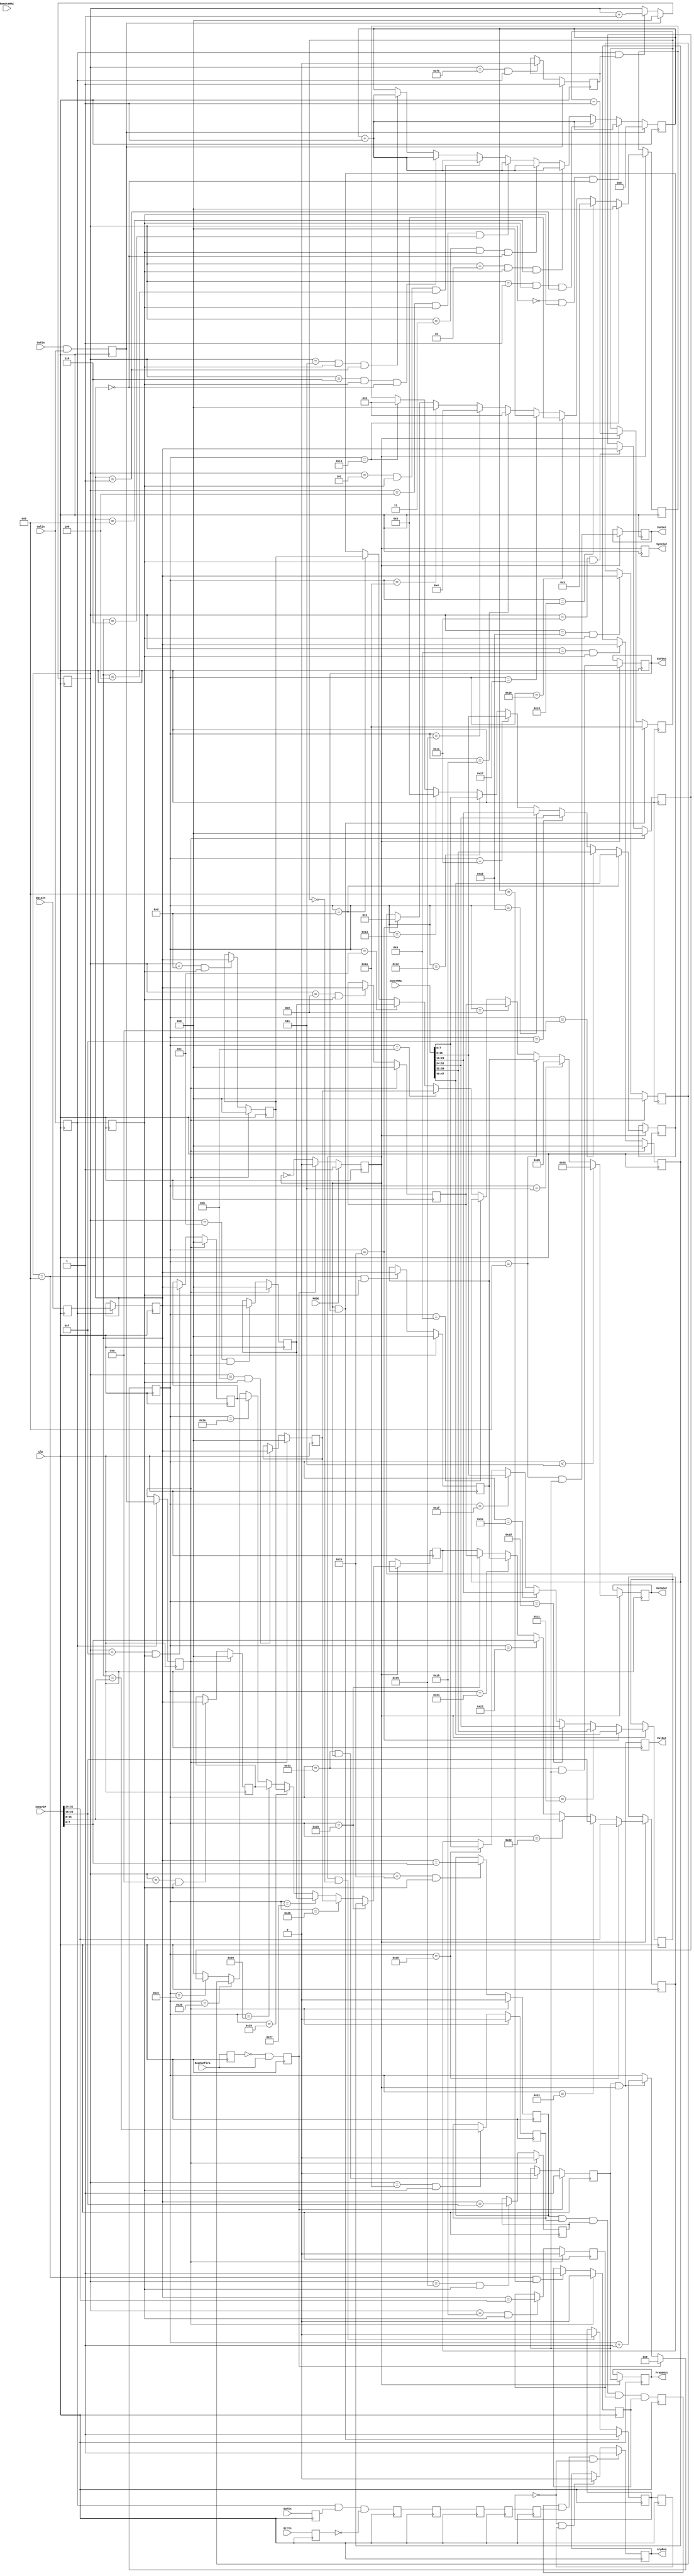
module ARP_L2
(
	input	Clk,
	input	SoFIn,
	input	EoFIn,
	input	ValIn,
	input	ErrIn,
	input	[7:0]DataIn,

	input	[47:0]InnerMAC ,
	input	[47:0]RemoteMAC ,

	input	[31:0]InnerIP ,


	input	ReqConfirm,
	input	MODE,


	output ArpReq,
	output reg FrameOut = 0,
	output reg ValOut = 0,
	output reg SyncOut = 0,
	output reg SoFOut = 0,
	output reg EoFOut = 0,
	output [7:0]DataOut

);

reg EoFOutD = 0;


reg [7:0]DataReg = 0;
reg ValReg = 0;
reg ValRegD = 0;
reg EoFReg = 0;
reg ErrReg = 0;

reg [7:0]DataRegD0 = 0;
reg ValRegD0 = 0;
reg EoFRegD0 = 0;
reg ErrRegD0 = 0;
reg SoFRegD0 = 0;
reg PackStateD0 = 0;

reg [7:0]DataRegD1 = 0;
reg ValRegD1 = 0;
reg EoFRegD1 = 0;
reg ErrRegD1 = 0;
reg SoFRegD1 = 0;
reg PackStateD1 = 0;


reg OutTxSync=1'b0;

reg Sync = 0;
reg Sync0 = 0;

reg Stop_Request=1'b0;
reg Stop_RequestD=1'b0;
reg [4:0]Stop_RequestCounter=1'b0;



always @(posedge Clk)
begin

DataReg<=DataIn;
ValReg <=ValIn;
EoFReg <=EoFIn;
ErrReg <=ErrIn;

ValRegD <=  ValReg;


end







reg [3:0] HeaderCheck = 0;
reg HeaderCorrect = 0;

reg PackRecciveState=1'b0;

//reg [4:0] ArpCounter;

reg [7:0] ArpCounter = 0;
reg [7:0] MACRem0 = 0;
reg [7:0] MACRem1 = 0;
reg [7:0] MACRem2 = 0;
reg [7:0] MACRem3 = 0;
reg [7:0] MACRem4 = 0;
reg [7:0] MACRem5 = 0;

reg [7:0] IPRem0 = 0;
reg [7:0] IPRem1 = 0;
reg [7:0] IPRem2 = 0;
reg [7:0] IPRem3 = 0;

reg IPCheck0 = 0;
reg IPCheck1 = 0;
reg IPCheck2 = 0;
reg IPCheck3 = 0;
reg IPCheck = 0;


//reg MACCheck0 = 0;
//reg MACCheck1 = 0;
//reg MACCheck2 = 0;
//reg MACCheck3 = 0;
//reg MACCheck4 = 0;
//reg MACCheck5 = 0;
//reg MACCheck = 0;



reg PackValid = 0;

reg OutRequest =1'b0;
reg ReqConfirmD =1'b0;
reg StartPulse =1'b0;

reg [6:0] OutReadCounter=0;// reg unsigned [6:0] OutReadCounter=0;
reg OutReadState=1'b0;
reg EndValD0 = 0;
reg EndValD1 = 0;
reg EndValD2 = 0;
reg EndValD3 = 0;
reg EndValD4 = 0;


reg [7:0] MACDataReg0=0;
reg [7:0] MACDataReg1=0;
reg [7:0] MACDataReg2=0;

reg [7:0] OutDataReg0=0;
reg [7:0] OutDataReg1=0;
reg [7:0] OutDataReg2=0;
reg [7:0] OutDataReg3=0;



reg [7:0] DataReg0 = 0;








always @(posedge Clk)
begin





if (ValReg) DataReg0<=DataReg;




Sync<=SoFIn&&ValIn;
if (ValReg) Sync0<=Sync ;



if (Sync) PackRecciveState<=1'b1;
	else if ((ArpCounter==8'hFE) && ValReg) PackRecciveState<=1'b0;

if (Sync)ArpCounter<=1'b0;
	else if (ValReg&&PackRecciveState) ArpCounter<=ArpCounter+1'b1;

if (Sync) HeaderCheck<=1'b0;
	else if ((ArpCounter==8'h00) && ValRegD&&(DataReg0==8'h00)) HeaderCheck<=HeaderCheck+1'b1;
		else if ((ArpCounter==8'h01) && ValRegD&&(DataReg0==8'h01)) HeaderCheck<=HeaderCheck+1'b1;
			else if ((ArpCounter==8'h02) && ValRegD&&(DataReg0==8'h08)) HeaderCheck<=HeaderCheck+1'b1;
				else if ((ArpCounter==8'h03) && ValRegD&&(DataReg0==8'h00)) HeaderCheck<=HeaderCheck+1'b1;
					else if ((ArpCounter==8'h04) && ValRegD&&(DataReg0==8'h06)) HeaderCheck<=HeaderCheck+1'b1;
						else if ((ArpCounter==8'h05) && ValRegD&&(DataReg0==8'h04)) HeaderCheck<=HeaderCheck+1'b1;
							else if ((ArpCounter==8'h06) && ValRegD&&(DataReg0==8'h00)) HeaderCheck<=HeaderCheck+1'b1;
								else if ((ArpCounter==8'h07) && ValRegD&&(DataReg0==8'h01)) HeaderCheck<=HeaderCheck+1'b1;

if (Sync0) HeaderCorrect<=1'b0;
	else if ((ArpCounter==8'h08) &&(HeaderCheck==4'h8)) HeaderCorrect<=1'b1;

if (Sync0) MACRem5<=1'b0;
	else if ((ArpCounter==8'h08)&& ValRegD ) MACRem5<=DataReg0;
if (Sync0) MACRem4<=1'b0;
	else if ((ArpCounter==8'h09)&& ValRegD ) MACRem4<=DataReg0;
if (Sync0) MACRem3<=1'b0;
	else if ((ArpCounter==8'h0A)&& ValRegD ) MACRem3<=DataReg0;
if (Sync0) MACRem2<=1'b0;
	else if ((ArpCounter==8'h0B)&& ValRegD ) MACRem2<=DataReg0;
if (Sync0) MACRem1<=1'b0;
	else if ((ArpCounter==8'h0C)&& ValRegD ) MACRem1<=DataReg0;
if (Sync0) MACRem0<=1'b0;
	else if ((ArpCounter==8'h0D)&& ValRegD ) MACRem0<=DataReg0;
if (Sync0) IPRem3<=1'b0;
	else if ((ArpCounter==8'h0E)&& ValRegD ) IPRem3<=DataReg0;
if (Sync0) IPRem2<=1'b0;
	else if ((ArpCounter==8'h0F)&& ValRegD ) IPRem2<=DataReg0;
if (Sync0) IPRem1<=1'b0;
	else if ((ArpCounter==8'h10)&& ValRegD ) IPRem1<=DataReg0;
if (Sync0) IPRem0<=1'b0;
	else if ((ArpCounter==8'h11)&& ValRegD ) IPRem0<=DataReg0;



if (Sync0) IPCheck3<=1'b0;
	else if ((ArpCounter==8'h18)&& ValRegD ) IPCheck3<=(DataReg0==InnerIP[31:24]);
if (Sync0) IPCheck2<=1'b0;
	else if ((ArpCounter==8'h19)&& ValRegD ) IPCheck2<=(DataReg0==InnerIP[23:16]);
if (Sync0) IPCheck1<=1'b0;
	else if ((ArpCounter==8'h1A)&& ValRegD ) IPCheck1<=(DataReg0==InnerIP[15: 8]);
if (Sync0) IPCheck0<=1'b0;
	else if ((ArpCounter==8'h1B)&& ValRegD ) IPCheck0<=(DataReg0==InnerIP[ 7: 0]);







//IPCheck0<=(IPRem0==IP[ 7: 0]);
//IPCheck1<=(IPRem1==IP[15: 8]);
//IPCheck2<=(IPRem2==IP[23:16]);
//IPCheck3<=(IPRem3==IP[31:24]);
//IPCheck<=IPCheck0&IPCheck1&IPCheck2&IPCheck3;

//IPCheck<=1'b1;

PackValid<=IPCheck0&IPCheck1&IPCheck2&IPCheck3&HeaderCorrect;


//MACCheck0;
//MACCheck1;
//MACCheck2;
//MACCheck3;
//MACCheck4;
//MACCheck5;
//MACCheck;


//// ????????????????????????????????????

EndValD0<=ValReg&&EoFReg&&!ErrReg;
EndValD1<=EndValD0;
EndValD2<=EndValD1;
EndValD3<=EndValD2;
EndValD4<=EndValD3;




ReqConfirmD<=ReqConfirm;

StartPulse<=!ReqConfirmD&ReqConfirm;





	if (MODE==1'b0)
	begin
	if (StartPulse)
		begin
			OutTxSync<=1'b0;

		end
		else
		begin
			OutTxSync<=!OutTxSync;
		end
	end else
	begin
		OutTxSync<=1'b1;
	end




if (OutTxSync ) EoFOut<=(OutReadCounter==7'd67)&&OutReadState;

//EoFOut<=EoFOutD;


if (OutTxSync &&EoFOut ) Stop_RequestCounter<=5'h1A;
	else if (OutTxSync) Stop_RequestCounter<=Stop_RequestCounter-1'b1;

if (OutTxSync &&EoFOut ) Stop_Request<=1'b1;
	else if (OutTxSync&&(Stop_RequestCounter==1'b0)) Stop_Request<=1'b0;

Stop_RequestD<=Stop_Request;

if (PackValid&&EndValD4&&!Stop_Request)	OutRequest<=1'b1;
	else if (!Stop_Request&&Stop_RequestD) OutRequest<=1'b0;





//if (StartPulse) OutReadCounter<=6'd0;
if (StartPulse) OutReadCounter<=7'd8;
	else if (OutReadState&&OutTxSync) OutReadCounter<=OutReadCounter+1;

//if (StartPulse) OutReadState<=1'b1;
//	else if ((OutReadCounter==6'd49)&&OutTxSync)OutReadState<=1'b0;

	if (StartPulse) OutReadState<=1'b1;
	else if ((OutReadCounter==7'd67)&&OutTxSync)OutReadState<=1'b0;


ValOut<=OutTxSync&&OutReadState;
SyncOut<=OutTxSync;

if (OutTxSync) begin


if (OutReadCounter<7'd07) MACDataReg0<=8'h55;
	else if (OutReadCounter==7'd07) MACDataReg0<=8'hD5;
		else if (OutReadCounter==7'd08) MACDataReg0<=MACRem5;
			else if (OutReadCounter==7'd09) MACDataReg0<=MACRem4;
				else if (OutReadCounter==7'd10) MACDataReg0<=MACRem3;
					else if (OutReadCounter==7'd11) MACDataReg0<=MACRem2;
						else if (OutReadCounter==7'd12) MACDataReg0<=MACRem1;
							else if (OutReadCounter==7'd13) MACDataReg0<=MACRem0;
								else MACDataReg0<=MACDataReg1;


if (OutReadCounter==7'd13) MACDataReg1<=InnerMAC[47:40];
else if (OutReadCounter==7'd14) MACDataReg1<=InnerMAC[39:32];
	else if (OutReadCounter==7'd15) MACDataReg1<=InnerMAC[31:24];
		else if (OutReadCounter==7'd16) MACDataReg1<=InnerMAC[23:16];
			else if (OutReadCounter==7'd17) MACDataReg1<=InnerMAC[15:8];
				else if (OutReadCounter==7'd18) MACDataReg1<=InnerMAC[7:0];
					else if (OutReadCounter==7'd19) MACDataReg1<=8'h08;
						else if (OutReadCounter==7'd20) MACDataReg1<=8'h06;
								else MACDataReg1<=OutDataReg0;


////////////////////////////////////////////////////////////////////////////////////

if (OutReadCounter==7'h14) OutDataReg0<=8'h00;
	else if (OutReadCounter==7'h15) OutDataReg0<=8'h01;
		else if (OutReadCounter==7'h16) OutDataReg0<=8'h08;
			else if (OutReadCounter==7'h17) OutDataReg0<=8'h00;
				else if (OutReadCounter==7'h18) OutDataReg0<=8'h06;
					else if (OutReadCounter==7'h19) OutDataReg0<=8'h04;
						else if (OutReadCounter==7'h1A) OutDataReg0<=8'h00;
							else if (OutReadCounter==7'h1B) OutDataReg0<=8'h02;
								else OutDataReg0<=OutDataReg1;


if (OutReadCounter==7'h1B) OutDataReg1<=InnerMAC[47:40];
	else if (OutReadCounter==7'h1C) OutDataReg1<=InnerMAC[39:32];
		else if (OutReadCounter==7'h1D) OutDataReg1<=InnerMAC[31:24];
			else if (OutReadCounter==7'h1E) OutDataReg1<=InnerMAC[23:16];
				else if (OutReadCounter==7'h1F) OutDataReg1<=InnerMAC[15:8];
					else if (OutReadCounter==7'h20) OutDataReg1<=InnerMAC[7:0];
						else OutDataReg1<=OutDataReg2;

if (OutReadCounter==7'h20) OutDataReg2<=InnerIP[31:24];
	else if (OutReadCounter==7'h21) OutDataReg2<=InnerIP[23:16];
		else if (OutReadCounter==7'h22) OutDataReg2<=InnerIP[15:8];
			else if (OutReadCounter==7'h23) OutDataReg2<=InnerIP[7:0];
				else if (OutReadCounter==7'h24) OutDataReg2<=MACRem5;
					else if (OutReadCounter==7'h25) OutDataReg2<=MACRem4;
						else OutDataReg2<=OutDataReg3;

if (OutReadCounter==7'h25) OutDataReg3<=MACRem3;
	else if (OutReadCounter==7'h26) OutDataReg3<=MACRem2;
		else if (OutReadCounter==7'h27) OutDataReg3<=MACRem1;
			else if (OutReadCounter==7'h28) OutDataReg3<=MACRem0;
				else if (OutReadCounter==7'h29) OutDataReg3<=IPRem3;
					else if (OutReadCounter==7'h2A) OutDataReg3<=IPRem2;
						else if (OutReadCounter==7'h2B) OutDataReg3<=IPRem1;
							else if (OutReadCounter==7'h2C) OutDataReg3<=IPRem0;
								else OutDataReg3<=8'h00;
end



if (OutTxSync) FrameOut <= OutReadState;

//if (OutTxSync) SoFOut <= (OutReadCounter==6'd0)&&OutReadState;


if (OutTxSync) SoFOut <= (OutReadCounter==6'd8)&&OutReadState;

end


assign DataOut= MACDataReg0;
//assign ValOut = OutReadState;
assign ArpReq = OutRequest;



endmodule